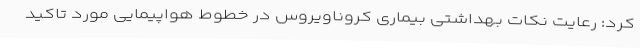
کرد: رعایت نکات بهداشتی بیماری کروناویروس در خطوط هواپیمایی مورد تاکید